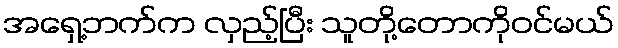
အရှေ့ဘက်က လှည့်ပြီး သူတို့တောကိုဝင်မယ်